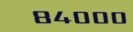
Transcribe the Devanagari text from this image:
८४०००